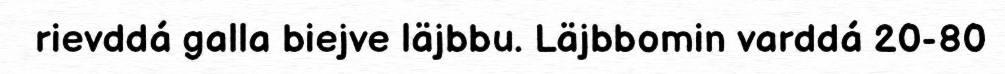
rievddá galla biejve läjbbu. Läjbbomin varddá 20-80